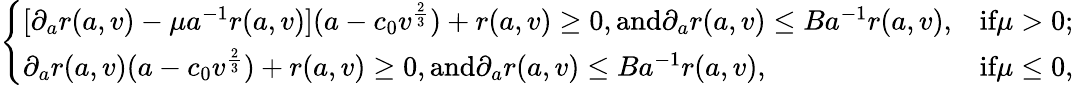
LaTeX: \begin{array}{r}{\left\{ \begin{array}{ll}{[\partial_{a}r(a,v)-\mu a^{-1}r(a,v)](a-c_{0}v^{\frac{2}{3}})+r(a,v)\geq 0,\textup{and}\partial_{a}r(a,v)\leq Ba^{-1}r(a,v),}&{\textup{if}\mu>0;}\\ {\partial_{a}r(a,v)(a-c_{0}v^{\frac{2}{3}})+r(a,v)\geq 0,\textup{and}\partial_{a}r(a,v)\leq Ba^{-1}r(a,v),}&{\textup{if}\mu\leq 0,}\end{array}\right.}\end{array}